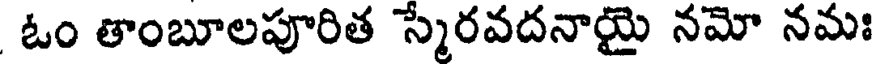
ఓం తాంబూలపూరిత స్మెరవదనాయై నమో నమః